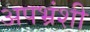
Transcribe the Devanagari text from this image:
अपभ्रंशी